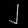
Digit: ၂